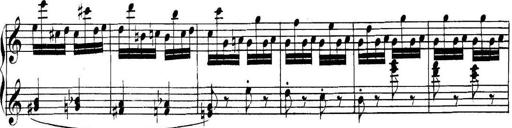
Title: Collected Piano Sonatas
Composer: Muzio Clementi